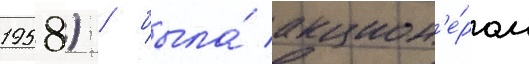
1958) / была́ акцион'е́ром